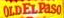

				OLDELPaSO